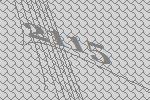
2115